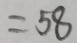
= 5 8